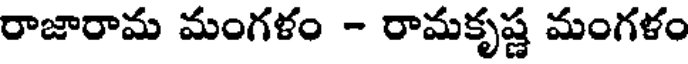
రాజారామ మంగళం - రామకృష్ణ మంగళం